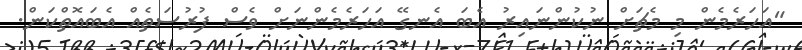
"އަހަރެމެން މި މެޗަށް ނުކުންނައިރު އެބަ އެނގޭ އަހަރެމެންނަށް ވެސް ފުރުސަތެއް އެބައޮތްކަން.